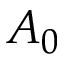
A _ { 0 }